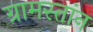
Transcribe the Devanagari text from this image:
ग्रामस्तांन